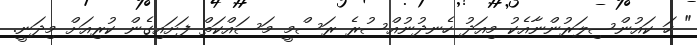
" ހަ ކައުންސިލަރުންނާއެކު މިއަދު ހެނދުނުއްސުރެ ރަސްމީ މަސައްކަތް ފަށައިގެން ކުރިއަށް މިދަނީ.